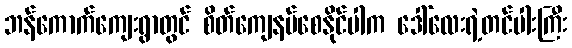
ဘန်ကောက်ကျေးရွာတွင် စိတ်ကျေနပ်စေနိုင်ပါက ဒေါ်လေးရဲ့တင်ပါးကြီး